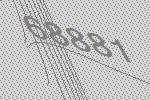
68881